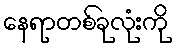
နေရာတစ်ခုလုံးကို